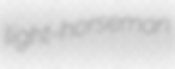
light-horseman